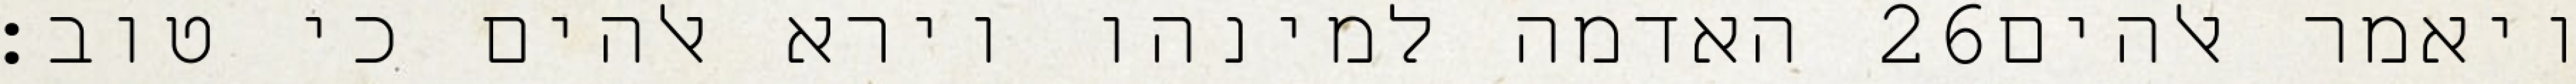
האדמה למינהו וירא אלהים כי טוב׃ ‎26‏ ויאמר אלהים